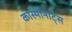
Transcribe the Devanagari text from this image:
काॅस्मोनाॅट्स